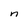
Character: n